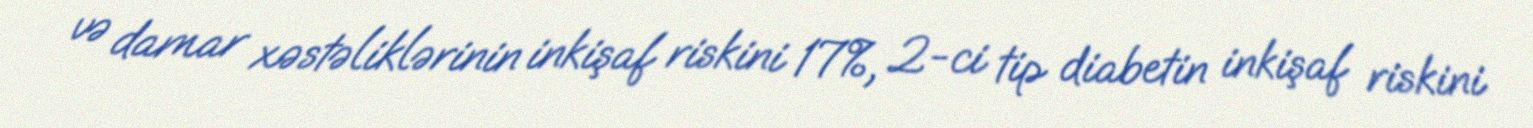
və damar xəstəliklərinin inkişaf riskini 17%, 2-ci tip diabetin inkişaf riskini